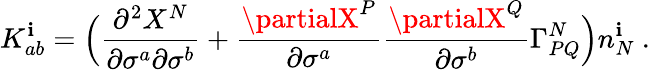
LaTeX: K_{ab}^{\mathbf{i}}=\Bigl(\frac{{\partial^{2}X^{N}}}{{\partial\sigma^{a}\partial\sigma^{b}}}+\frac{{\partialX^{P}}}{{\partial\sigma^{a}}}\frac{{\partialX^{Q}}}{{\partial\sigma^{b}}}\Gamma_{PQ}^{N}\Bigr)n_{N}^{\mathbf{i}}~.